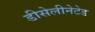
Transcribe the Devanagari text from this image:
डीसेलीनेटेड